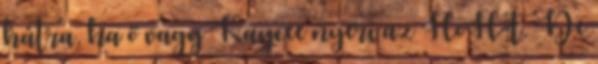
hátra, ha ő vagy Kaycee nyeri az HoH-t. De